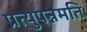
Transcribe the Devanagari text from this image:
प्रत्युपन्नमति